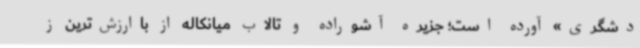
دشگری» آورده است؛ جزیره آشوراده و تالاب میانکاله از باارزش‌ترین ز